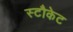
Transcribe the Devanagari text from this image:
स्टौकेट